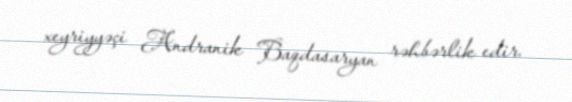
xeyriyyəçi Andranik Baqdasaryan rəhbərlik edir.